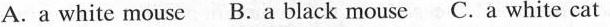
A. a white mouse B.A black mouse C.A whitc cat